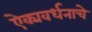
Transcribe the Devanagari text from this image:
ऐक्यवर्धनाचे